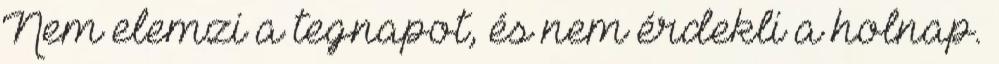
Nem elemzi a tegnapot, és nem érdekli a holnap.